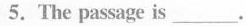
5.The passage is ___.